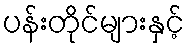
ပန်းတိုင်များနှင့်